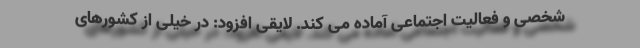
شخصی و فعالیت اجتماعی آماده می کند. لایقی افزود: در خیلی از کشورهای